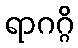
ရာဂဂ္ဂိ